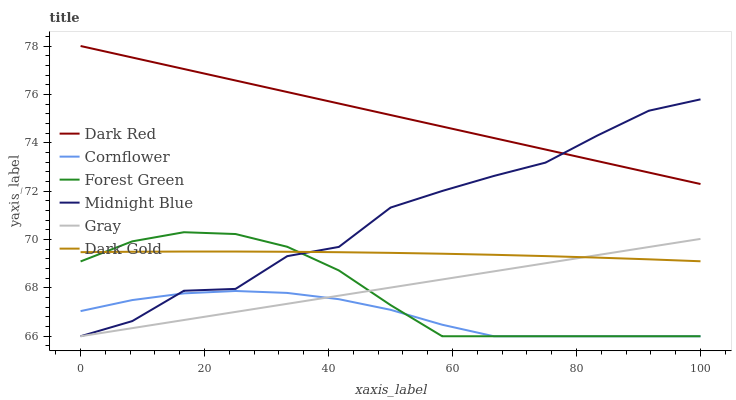
| xaxis_label | Dark Red | Cornflower | Forest Green | Midnight Blue | Gray | Dark Gold |
 | --- | --- | --- | --- | --- | --- | --- |
 | 0 | 78 | 67 | 69.1 | 66 | 66 | 69.5 |
 | 8.33 | 77.5 | 67.5 | 69.9 | 66.6 | 66.3 | 69.5 |
 | 16.7 | 77 | 67.8 | 70.3 | 67.9 | 66.7 | 69.5 |
 | 25 | 76.6 | 67.9 | 70.2 | 68 | 67 | 69.5 |
 | 33.3 | 76.1 | 67.8 | 69.7 | 69.3 | 67.3 | 69.5 |
 | 41.7 | 75.6 | 67.5 | 68.7 | 69.7 | 67.7 | 69.5 |
 | 50 | 75.1 | 67.1 | 67.3 | 71.3 | 68 | 69.4 |
 | 58.3 | 74.7 | 66.5 | 66 | 72 | 68.3 | 69.4 |
 | 66.7 | 74.2 | 66 | 66 | 72.6 | 68.7 | 69.4 |
 | 75 | 73.7 | 66 | 66 | 73.2 | 69 | 69.3 |
 | 83.3 | 73.2 | 66 | 66 | 74.3 | 69.4 | 69.3 |
 | 91.7 | 72.8 | 66 | 66 | 75.3 | 69.7 | 69.2 |
 | 100 | 72.3 | 66 | 66 | 75.8 | 70 | 69.1 |